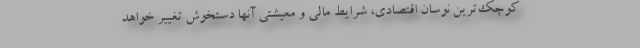
کوچک‌ترین نوسان اقتصادی، شرایط مالی و معیشتی آنها دستخوش تغییر خواهد